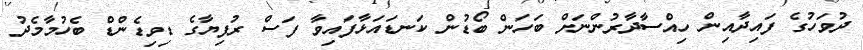
ދުވަހުގެ ފައިދާއިން ހިއްސާދާރުންނަށް ބަހަން ބޯޑުން ކަނޑައަޅާފައިވާ ފަސް ރުފިޔާގެ ޑިވިޑެންޑް ބެހުމާމެދު